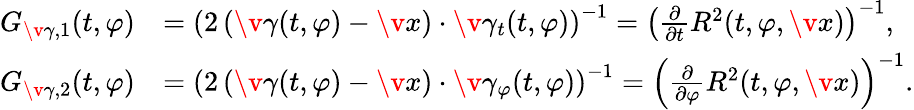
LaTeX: \begin{array}{rl}{G_{\v\gamma,1}(t,\varphi)}&{=\left(2\left(\v\gamma(t,\varphi)-\v x\right)\cdot\v\gamma_{t}(t,\varphi)\right)^{-1}=\left(\frac{\partial}{\partial t}R^{2}(t,\varphi,\v x)\right)^{-1},}\\ {G_{\v\gamma,2}(t,\varphi)}&{=\left(2\left(\v\gamma(t,\varphi)-\v x\right)\cdot\v\gamma_{\varphi}(t,\varphi)\right)^{-1}=\left(\frac{\partial}{\partial\varphi}R^{2}(t,\varphi,\v x)\right)^{-1}.}\end{array}